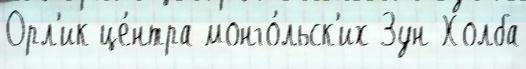
Орл'ик це́нтра монго́льск'их Зун-Холба